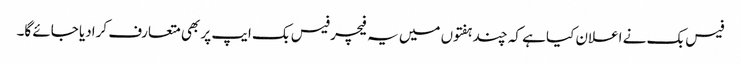
فیس بک نے اعلان کیا ہے کہ چند ہفتوں میں یہ فیچر فیس بک ایپ پر بھی متعارف کرادیا جائے گا۔